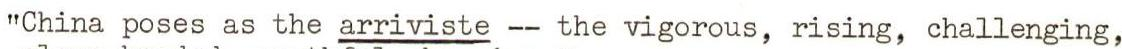
"China poses as the arriviste -- the vigorous, rising, challenging,